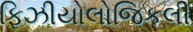
ફિઝીયોલોજિકલી